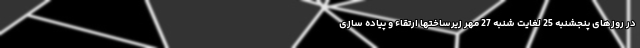
در روزهای پنجشنبه 25 لغایت شنبه 27 مهر زیرساختها ارتقاء و پیاده سازی